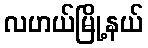
လဟယ်မြို့နယ်